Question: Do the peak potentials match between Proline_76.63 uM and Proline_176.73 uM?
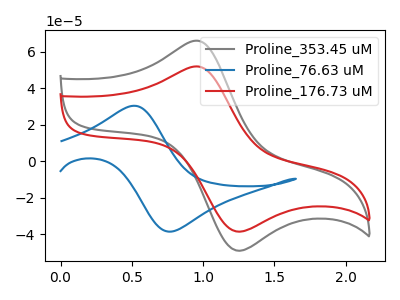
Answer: <think>The gray curve "Proline_353.45 uM" has an anodic peak at (0.95V, 65.85uA) and a cathodic peak at (1.25V, -48.95uA). The blue curve "Proline_76.63 uM" has an anodic peak at (0.50V, 30.35uA) and a cathodic peak at (0.80V, -38.45uA). The red curve "Proline_176.73 uM" has an anodic peak at (0.95V, 51.80uA) and a cathodic peak at (1.25V, -38.50uA).</think>
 <answer>No, "Proline_76.63 uM" and "Proline_176.73 uM" have at least one peak that does not match.</answer>
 <eval>mismatch</eval>